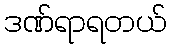
ဒဏ်ရာရတယ်